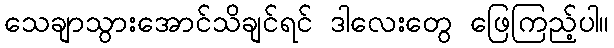
သေချာသွားအောင်သိချင်ရင် ဒါလေးတွေ ဖြေကြည့်ပါ။